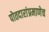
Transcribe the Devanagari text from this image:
पोतदारांप्रमाणेच